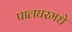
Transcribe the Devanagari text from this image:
पालघरमधे